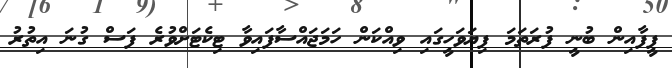
ފީފާއިން ބުނީ ފުރަތަމަ ފިޔަވަހީގައި ވިއްކަން ހަމަޖައްސާފައިވާ ޓިކެޓަށްވުރެ ފަސް ގުނަ އިތުރު